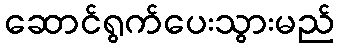
ဆောင်ရွက်ပေးသွားမည်